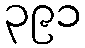
၃၉၁